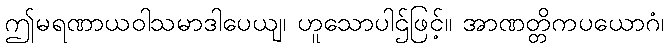
ဤမရဏာယဝါသမာဒါပေယျ၊ ဟူသောပါဌ်ဖြင့်။ အာဏတ္တိကပယောဂံ၊